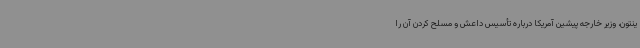
ینتون، وزیر خارجه پیشین آمریکا درباره تأسیس داعش و مسلح کردن آن را